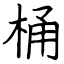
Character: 桶